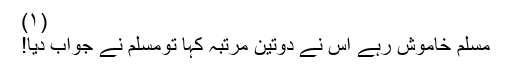
(١)
مسلم خاموش رہے اس نے دوتین مرتبہ کہا تومسلم نے جواب دیا!